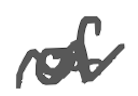
Text: of
Cross-out: wave
Writing tool: digital_gray